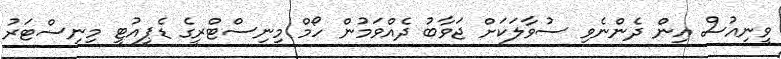
ވީނިއުސް އިން ދެންނެވި ސުވާލަކަށް ޖަވާބު ދެއްވަމުން ހޯމް މިނިސްޓްރީގެ ޑެޕިއުޓީ މިނިސްޓަރު